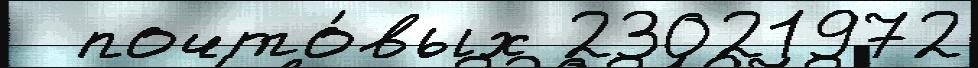
  почто́вых 23021972